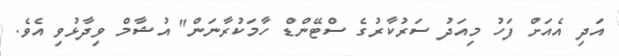
އަދި އެއަށް ފަހު މިއަދު ސަރުކާރުގެ ސްޓޭންޑް ހާމަކުރާނަން" އުޝާމް ވިދާޅުވި އެވެ.